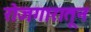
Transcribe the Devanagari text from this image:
रोजगारातून